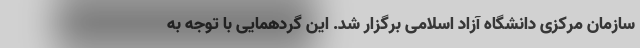
سازمان مرکزی دانشگاه آزاد اسلامی برگزار شد. این گردهمایی با توجه به